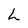
Character: L